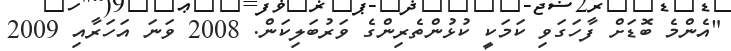
"އެންމެ ބޮޑަށް ފާހަގަވި ކަމަކީ ކުޅުންތެރިންގެ ވަރުބަލިކަން. 2008 ވަނަ އަހަރާއި 2009